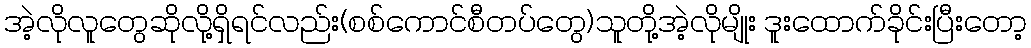
အဲ့လိုလူတွေဆိုလို့ရှိရင်လည်း(စစ်ကောင်စီတပ်တွေ)သူတို့အဲ့လိုမျိုး ဒူးထောက်ခိုင်းပြီးတော့